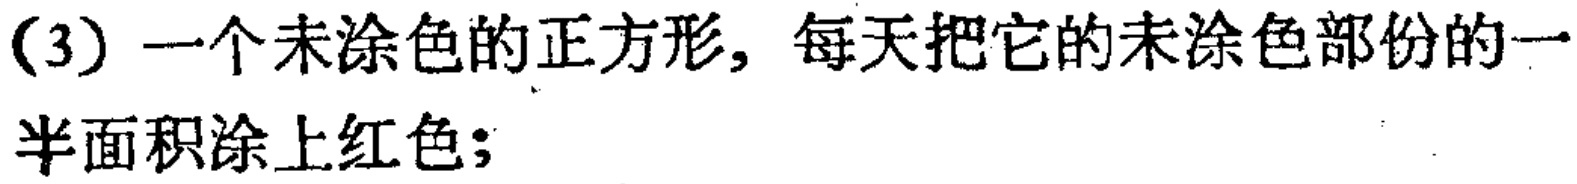
(3) 一个未涂色的正方形，每天把它的未涂色部份的一半面积涂上红色；